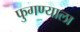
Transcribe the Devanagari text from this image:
फुगण्याला